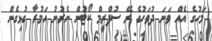
މަހުގެ އެއް ވަނަ ދުވަހުގެ ރޭ ސުޕްރީމް ކޯޓުން ނެރުނު އަމުރާ ގުޅިގެން